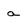
Character: a